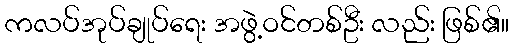
ကလပ်အုပ်ချုပ်ရေး အဖွဲ့ဝင်တစ်ဦး လည်း ဖြစ်၏။